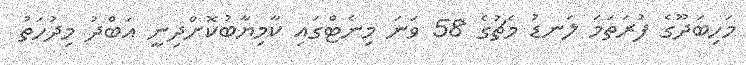
މަހިބަދޫގެ ފުރަތަމަ ލަނޑު މެޗުގެ 58 ވަނަ މިނެޓްގައި ކާމިޔާބުކޮށްދިނީ އަބްދު މިދުހަތު